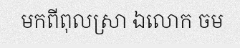
មកពីពុលស្រា ឯលោក ចម